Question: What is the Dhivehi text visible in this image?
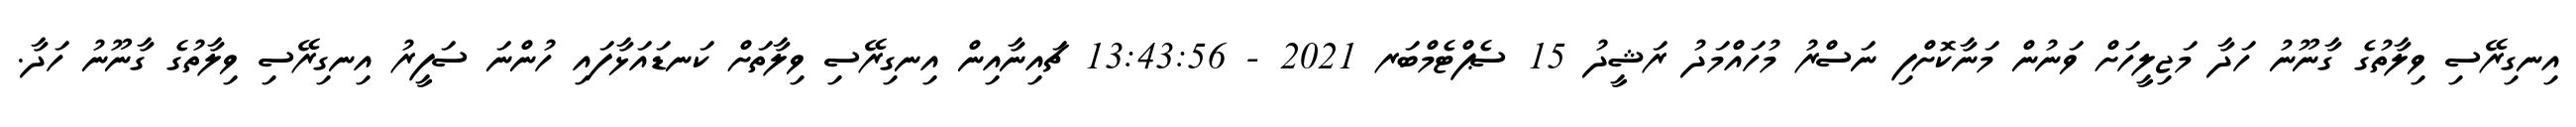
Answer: އިނގިރޭސި ވިލާތުގެ ގާނޫނު ހަދާ މަޖިލީހަށް ވަނުން މަނާކޮށްފި ނަސްރު މުހައްމަދު ރަޝީދު 15 ސެޕްޓެމްބަރ 2021 - 13:43:56 ޗައިނާއިން އިނގިރޭސި ވިލާތަށް ކަނޑައަޅާފައި ހުންނަ ސަފީރު އިނގިރޭސި ވިލާތުގެ ގާނޫނު ހަދާ.